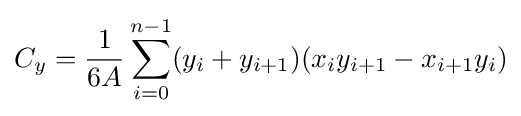
C_{y}={\frac {1}{6A}}\sum _{i=0}^{n-1}(y_{i}+y_{i+1})(x_{i}y_{i+1}-x_{i+1}y_{i})